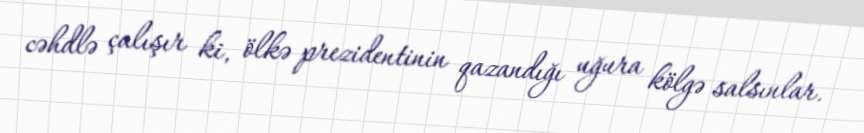
cəhdlə çalışır ki, ölkə prezidentinin qazandığı uğura kölgə salsınlar.